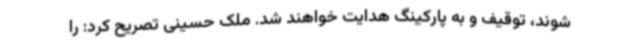
شوند، توقیف و به پارکینگ هدایت خواهند شد. ملک حسینی تصریح کرد: را